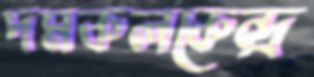
দমকলকেন্দ্র